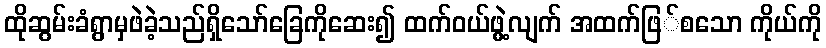
ထိုဆွမ်းခံရွာမှဖဲခဲ့သည်ရှိသော်ခြေကိုဆေး၍ ထက်ဝယ်ဖွဲ့လျက် အထက်ဖြ်စသော ကိုယ်ကို